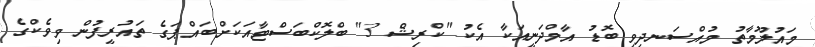
މައުލޫމާތު މުއްސަނދިވި ބޮޑު އާމްދަނީއަކާ އެކު "ކްރިޝް 3" ބްލޮކްބަސްޓާއަކަށްބައްޕަގެ ތައުރީފުން ވިވެކްގެ